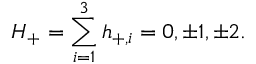
H _ { + } = \sum _ { i = 1 } ^ { 3 } h _ { + , i } = 0 , \pm 1 , \pm 2 .